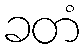
ခတံ